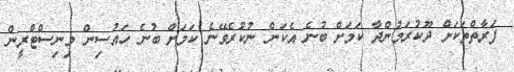
ފަރާތްތަކަށް ދޫކުރަމުންދާ ކަމަށް ބުނެ އެކަން ނުކުރެވޭނެ ކަމަށް ބުނެ ހައުސިން މިނިސްޓްރީން